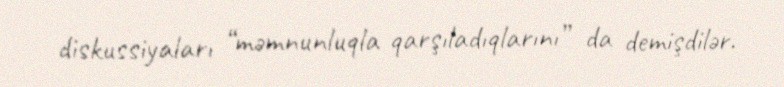
diskussiyaları “məmnunluqla qarşıladıqlarını” da demişdilər.